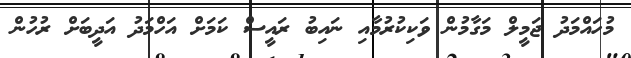
މުހައްމަދު ޖަމީލް މަގާމުން ވަކިކުރުމާއި ނައިބު ރައީސް ކަމަށް އަހްމަދު އަދީބަށް ރުހުން